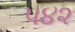
૫૪૨